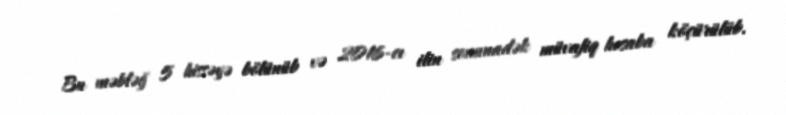
Bu məbləğ 5 hissəyə bölünüb və 2016-cı ilin sonunadək müvafiq hesaba köçürülüb.